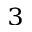
^ 3